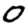
Digit: 0